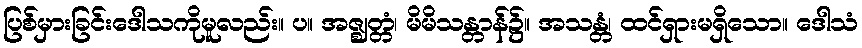
ပြစ်မှားခြင်းဒေါသကိုမူလည်း။ ပ။ အဇ္ဈတ္တံ၊ မိမိသန္တာန်၌။ အသန္တံ၊ ထင်ရှားမရှိသော။ ဒေါသံ